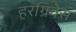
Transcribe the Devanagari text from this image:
हरग्रिवेस